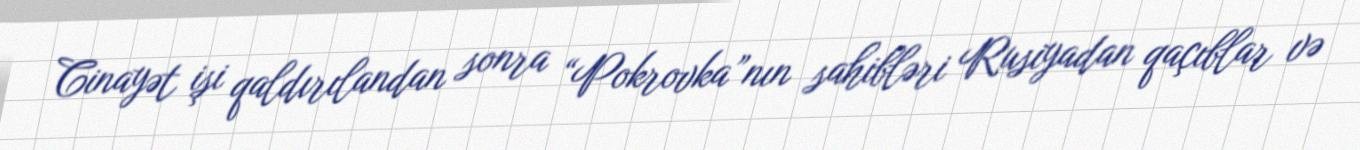
Cinayət işi qaldırılandan sonra “Pokrovka”nın sahibləri Rusiyadan qaçıblar və